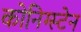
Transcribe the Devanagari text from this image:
कोनिग्स्टेन